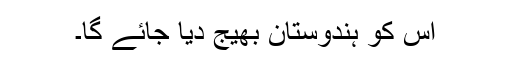
اس کو ہندوستان بھیج دیا جائے گا۔